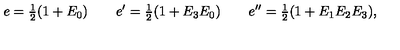
e = { \textstyle \frac { 1 } { 2 } } ( 1 + E _ { 0 } ) \qquad e ^ { \prime } = { \textstyle \frac { 1 } { 2 } } ( 1 + E _ { 3 } E _ { 0 } ) \qquad e ^ { \prime \prime } = { \textstyle \frac { 1 } { 2 } } ( 1 + E _ { 1 } E _ { 2 } E _ { 3 } ) ,